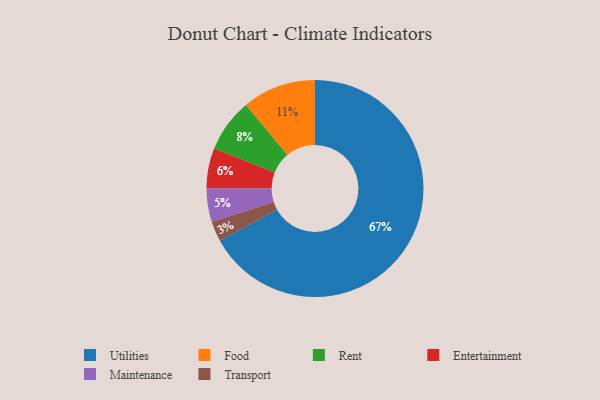
{"axis": {"x": "Category", "y": "Percentage"}, "legend": ["Entertainment", "Food", "Maintenance", "Rent", "Transport", "Utilities"], "data": [{"x": "Food", "y": 11, "type": "Food"}, {"x": "Transport", "y": 3, "type": "Transport"}, {"x": "Maintenance", "y": 5, "type": "Maintenance"}, {"x": "Entertainment", "y": 6, "type": "Entertainment"}, {"x": "Utilities", "y": 67, "type": "Utilities"}, {"x": "Rent", "y": 8, "type": "Rent"}]}